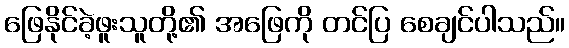
ဖြေနိုင်ခဲ့ဖူးသူတို့၏ အဖြေကို တင်ပြ စေချင်ပါသည်။